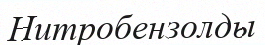
Нитробензолды